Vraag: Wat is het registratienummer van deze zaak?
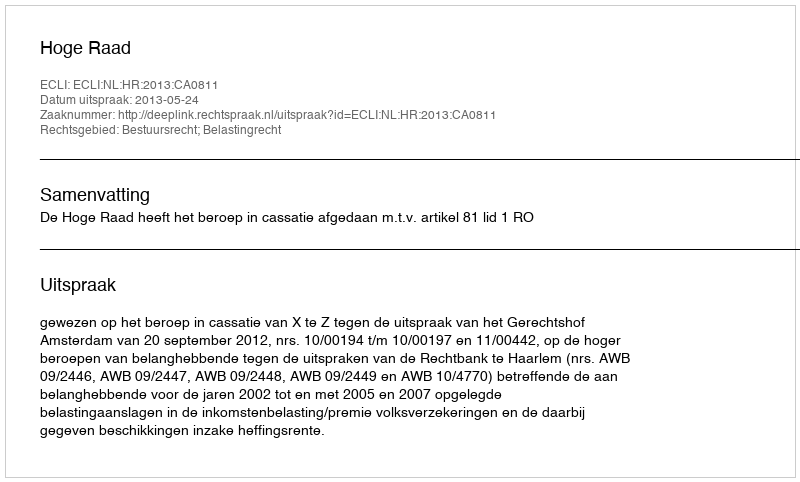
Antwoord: http://deeplink.rechtspraak.nl/uitspraak?id=ECLI:NL:HR:2013:CA0811